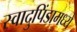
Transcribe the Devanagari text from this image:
स्वादुपिंडामध्ये